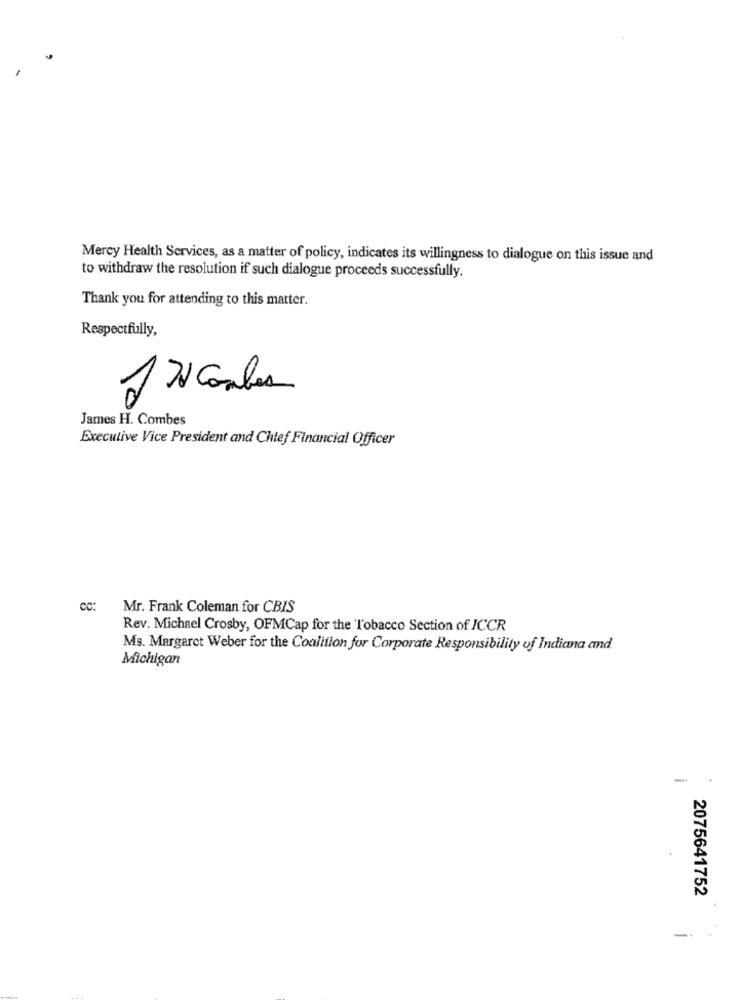
Mercy Health Services, as a matter of policy, indicates its willingness to dialogue on this issue and
to withdraw the resolution if such dialogue proceeds successfully.
Thank you for attending to this matter.
Respectfully,
James H. Combes
Executive Vice President and Chief Financial Officer
cc:
Mr. Frank Coleman for CBIS
Rev. Michael Crosby, OFMCap for the Tobacco Section of ICCR
Ms. Margaret Weber for the Coalition for Corporate Responsibility of Indiana and
Michigan
-
2075641752
-..